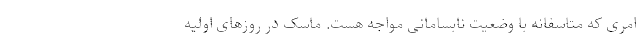
امری که متاسفانه با وضعیت نابسامانی مواجه هست. ماسک در روزهای اولیه